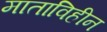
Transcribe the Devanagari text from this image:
माताविहीन